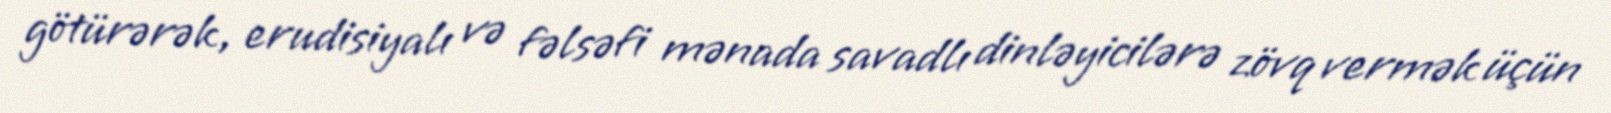
götürərək, erudisiyalı və fəlsəfi mənada savadlı dinləyicilərə zövq vermək üçün